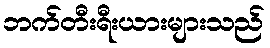
ဘက်တီးရီးယားများသည်